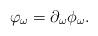
LaTeX: \begin{align*}\varphi_\omega = \partial_\omega \phi_\omega.\end{align*}